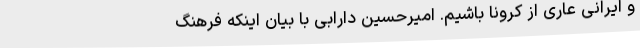
و ایرانی عاری از کرونا باشیم. امیرحسین دارابی با بیان اینکه فرهنگ